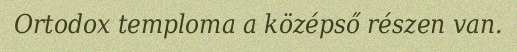
Ortodox temploma a középső részen van.